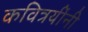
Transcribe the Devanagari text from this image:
कवित्रयींनी